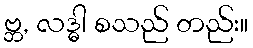
ဗ္ဘ, လဒ္ဓါ စသည် တည်း။